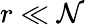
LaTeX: r\ll\mathcal{N}